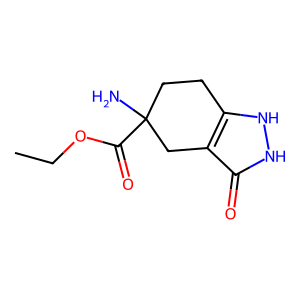
SMILES: CCOC(=O)C1(N)CCc2[nH][nH]c(=O)c2C1
Inhibits HIV replication: No